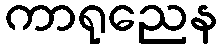
ကာရုညေန